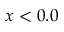
x < 0 . 0